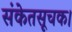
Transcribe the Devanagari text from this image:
संकेतसूचक।